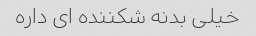
خیلی بدنه شکننده ای داره